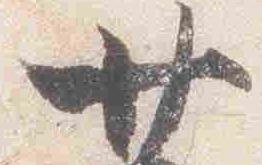
廿